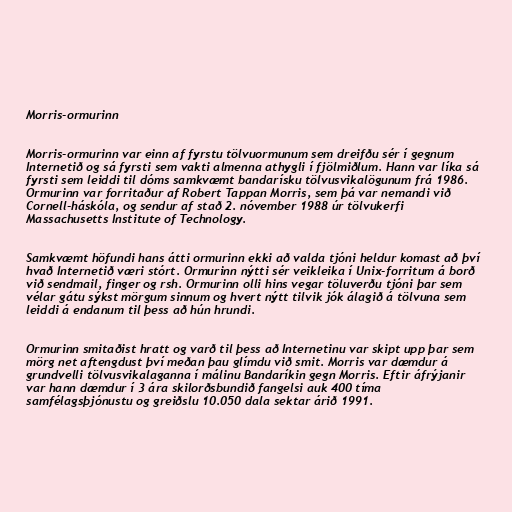
Morris-ormurinn

Morris-ormurinn var einn af fyrstu tölvuormunum sem dreifðu sér í gegnum
Internetið og sá fyrsti sem vakti almenna athygli í fjölmiðlum. Hann var líka sá
fyrsti sem leiddi til dóms samkvæmt bandarísku tölvusvikalögunum frá 1986.
Ormurinn var forritaður af Robert Tappan Morris, sem þá var nemandi við
Cornell-háskóla, og sendur af stað 2. nóvember 1988 úr tölvukerfi
Massachusetts Institute of Technology.

Samkvæmt höfundi hans átti ormurinn ekki að valda tjóni heldur komast að því
hvað Internetið væri stórt. Ormurinn nýtti sér veikleika í Unix-forritum á borð
við sendmail, finger og rsh. Ormurinn olli hins vegar töluverðu tjóni þar sem
vélar gátu sýkst mörgum sinnum og hvert nýtt tilvik jók álagið á tölvuna sem
leiddi á endanum til þess að hún hrundi.

Ormurinn smitaðist hratt og varð til þess að Internetinu var skipt upp þar sem
mörg net aftengdust því meðan þau glímdu við smit. Morris var dæmdur á
grundvelli tölvusvikalaganna í málinu Bandaríkin gegn Morris. Eftir áfrýjanir
var hann dæmdur í 3 ára skilorðsbundið fangelsi auk 400 tíma
samfélagsþjónustu og greiðslu 10.050 dala sektar árið 1991.